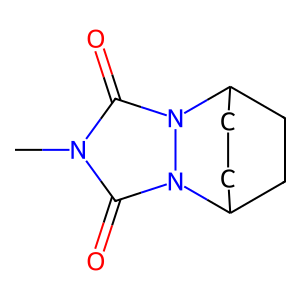
SMILES: Cn1c(=O)n2n(c1=O)C1CCC2CC1
Inhibits HIV replication: No